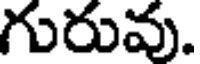
గురువు.